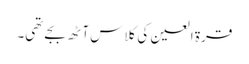
قرۃ العین کی کلاس آٹھ بجے تھی۔